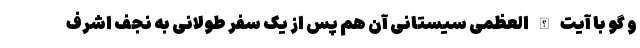
و گو با آیت الله العظمی سیستانی آن هم پس از یک سفر طولانی به نجف اشرف